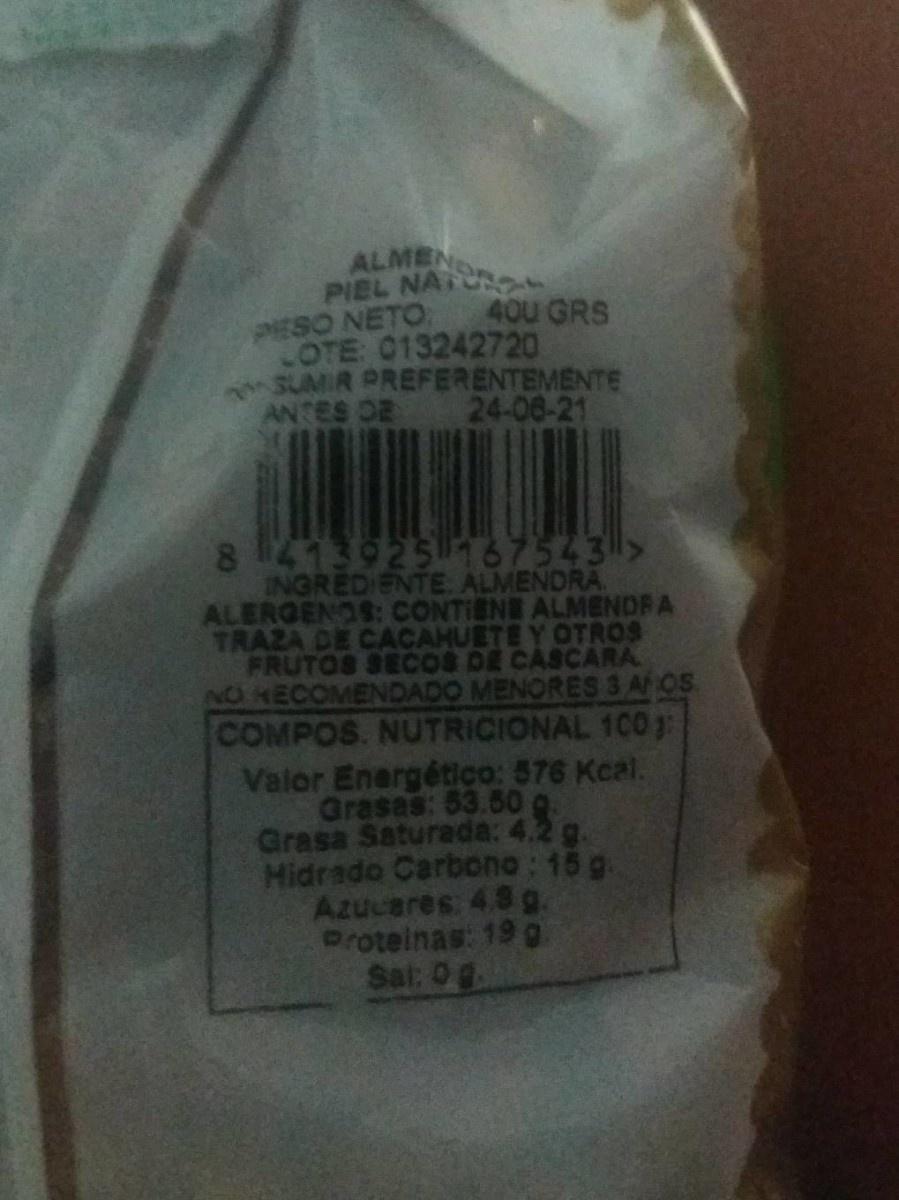
ALMEN PIEL NATURO PESO NETO COTE: 013242720 SUMIR PREFERENTEMENTE ANTES DE
40U GRS
24-06-21
8 413925 67543> INGRED ENTE. ALMENDRA ALERGENOS: CONTIENE ALMENDRA TRAZA DE CACAHUETE Y OTROS FRUTOS SECOS DE CASCARA N04ECOMENDADO MENORES 3 AOS COMPOS. NUTRICIONAL 100:
Valor Energético: 576 Kcal. Grasas: 53.50 g Grasa Saturada: 4.2 g. Hidrado Carbono: 15 g. Azucares 4.8 g. Proteinas: 19 g Sat: 0g.